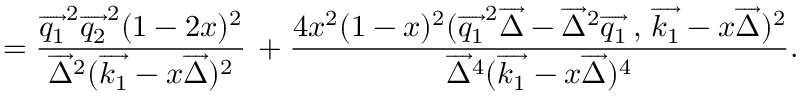
= \frac { \overrightarrow { q _ { 1 } } ^ { 2 } \overrightarrow { q _ { 2 } } ^ { 2 } ( 1 - 2 x ) ^ { 2 } } { \overrightarrow { \Delta } ^ { 2 } ( \overrightarrow { k _ { 1 } } - x \overrightarrow { \Delta } ) ^ { 2 } } \, + \frac { 4 x ^ { 2 } ( 1 - x ) ^ { 2 } ( \overrightarrow { q _ { 1 } } ^ { 2 } \overrightarrow { \Delta } - \overrightarrow { \Delta } ^ { 2 } \overrightarrow { q _ { 1 } } \, , \, \overrightarrow { k _ { 1 } } - x \overrightarrow { \Delta } ) ^ { 2 } } { \overrightarrow { \Delta } ^ { 4 } ( \overrightarrow { k _ { 1 } } - x \overrightarrow { \Delta } ) ^ { 4 } } .